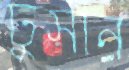
ঢুসান